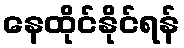
နေထိုင်နိုင်ရန်